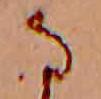
な